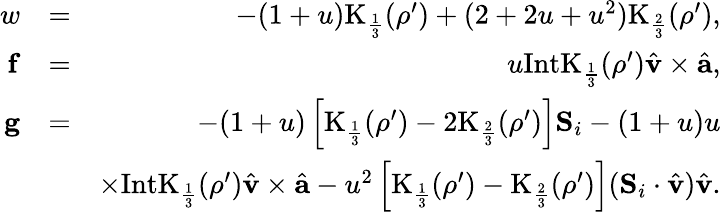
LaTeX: \begin{array}{rlr}{w}&{=}&{-(1+u)\mathrm{K}_{\frac{1}{3}}(\rho^{\prime})+(2+2u+u^{2})\mathrm{K}_{\frac{2}{3}}(\rho^{\prime}),}\\ {\mathbf{f}}&{=}&{u\mathrm{IntK}_{\frac{1}{3}}(\rho^{\prime})\hat{{\mathbf v}}\times\hat{{\mathbf a}},}\\ {\mathbf{g}}&{=}&{-(1+u)\left[\mathrm{K}_{\frac{1}{3}}(\rho^{\prime})-2\mathrm{K}_{\frac{2}{3}}(\rho^{\prime})\right]\mathbf{S}_{i}-(1+u)u}\\ &{}&{\times\mathrm{IntK}_{\frac{1}{3}}(\rho^{\prime})\hat{{\mathbf v}}\times\hat{{\mathbf a}}-u^{2}\left[\mathrm{K}_{\frac{1}{3}}(\rho^{\prime})-\mathrm{K}_{\frac{2}{3}}(\rho^{\prime})\right](\mathbf{S}_{i}\cdot\hat{{\mathbf v}})\hat{{\mathbf v}}.}\end{array}